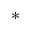
^ *